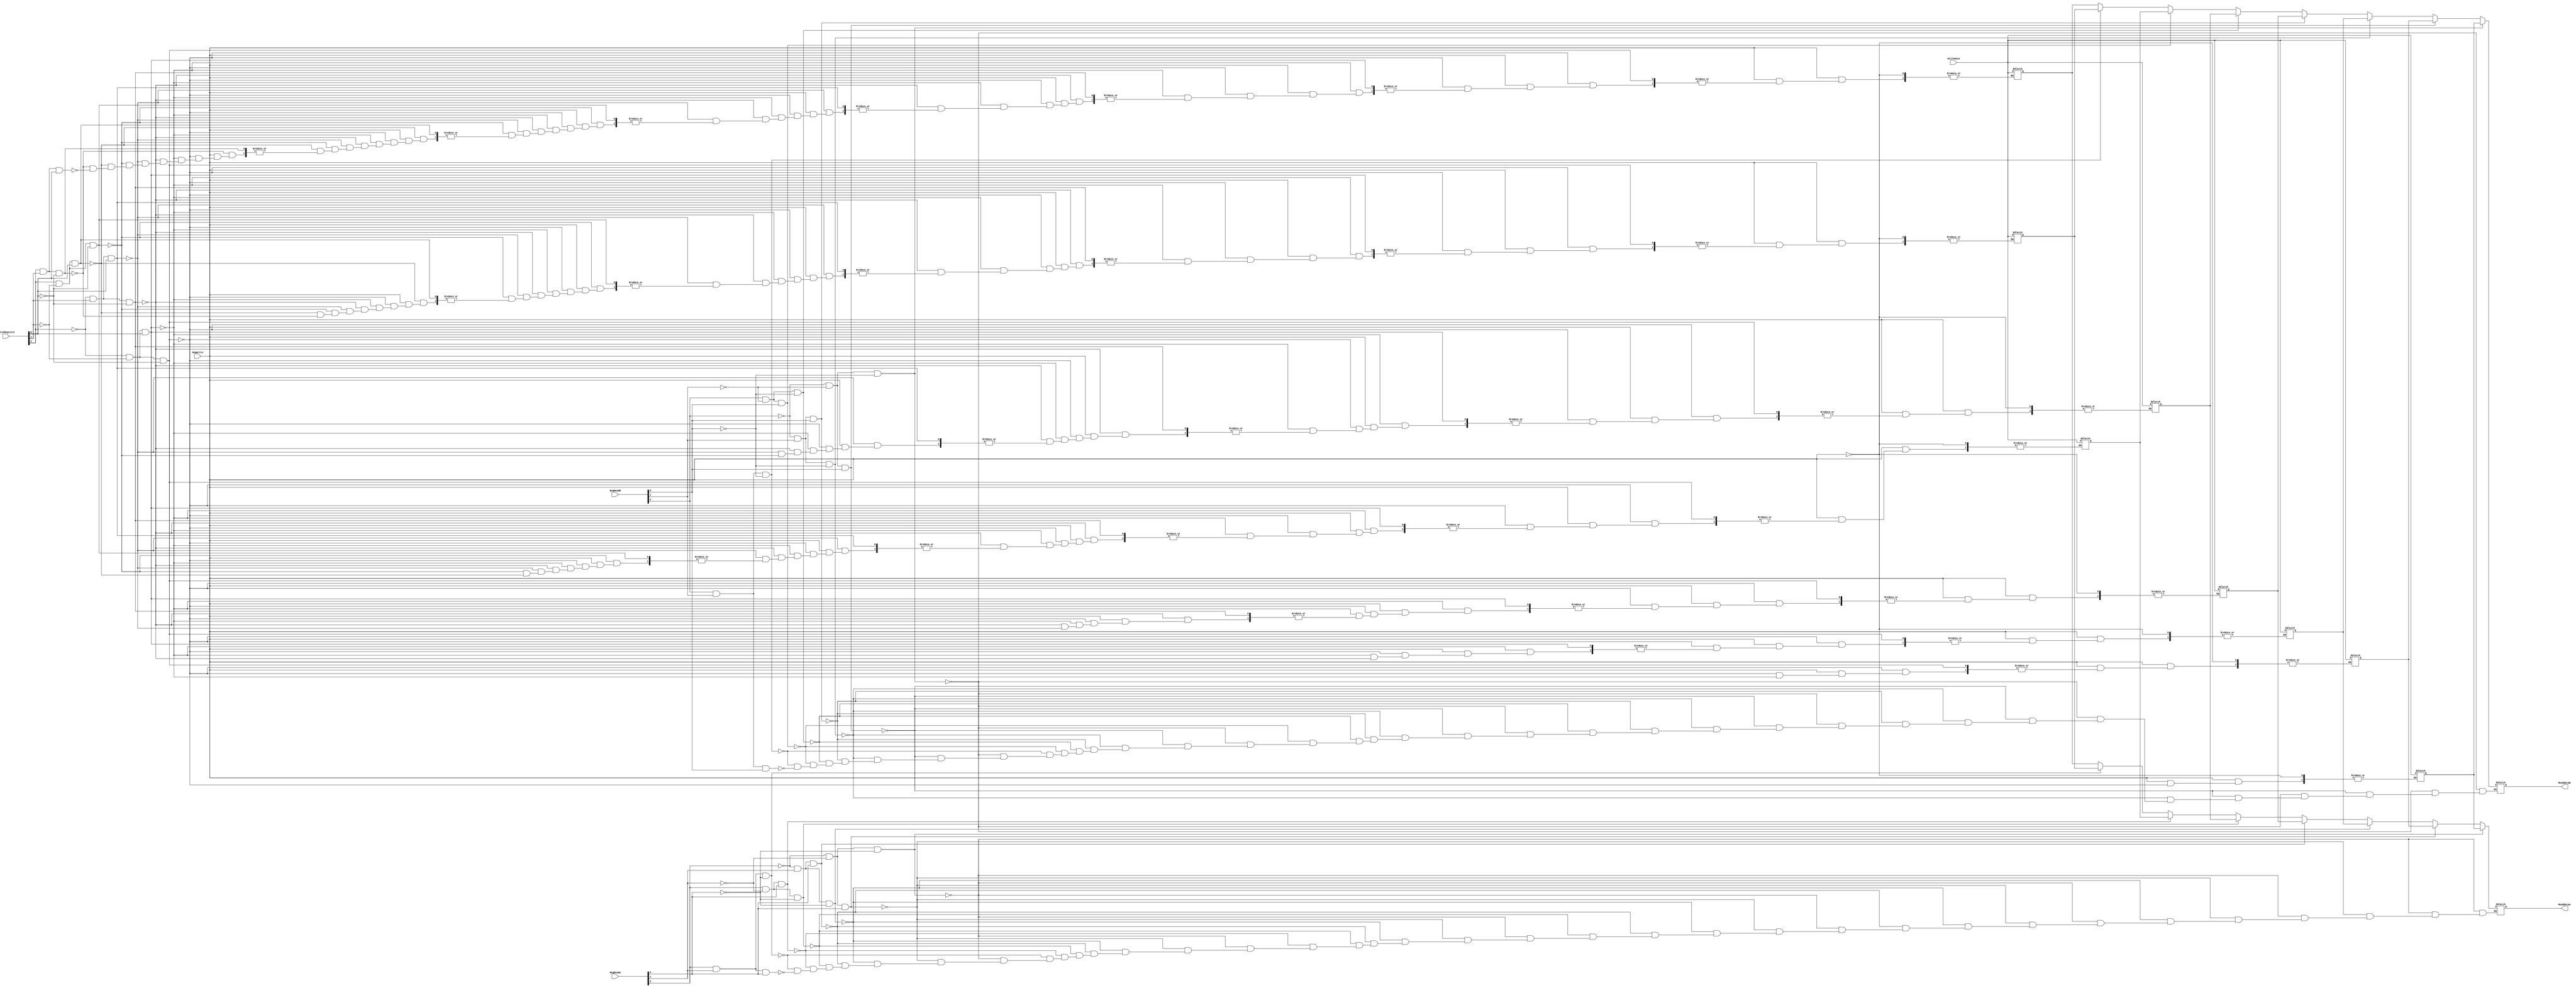
module Registers (RegWrite, RegReadA, RegReadB, WriteRegister, WriteData, ReadDataA, ReadDataB);

	input RegWrite;
	input [2:0] RegReadA;
	input [2:0] RegReadB;
	input [2:0] WriteRegister;
	input [31:0] WriteData;
	//input clk;
	output reg [31:0] ReadDataA;
	output reg [31:0] ReadDataB;
	
	reg [31:0] storage [7:0];
	
	always @*
		begin
			if(RegReadA[2] == 1'b0 & RegReadA[1] == 1'b0 & RegReadA[0] == 1'b0)
				 ReadDataA = storage[0];
			
			else if (RegReadA[2] == 1'b0 & RegReadA[1] == 1'b0 & RegReadA[0] == 1'b1)
				 ReadDataA = storage[1];
				
			else if (RegReadA[2] == 1'b0 & RegReadA[1] == 1'b1 & RegReadA[0] == 1'b0)
				 ReadDataA = storage[2];
			
			else if (RegReadA[2] == 1'b0 & RegReadA[1] == 1'b1 & RegReadA[0] == 1'b1)
				 ReadDataA = storage[3];
			
			else if (RegReadA[2] == 1'b1 & RegReadA[1] == 1'b0 & RegReadA[0] == 1'b0)
				 ReadDataA = storage[4];
			
			else if (RegReadA[2] == 1'b1 & RegReadA[1] == 1'b0 & RegReadA[0] == 1'b1)
				 ReadDataA = storage[5];
			
			else if (RegReadA[2] == 1'b1 & RegReadA[1] == 1'b1 & RegReadA[0] == 1'b0)
				 ReadDataA = storage[6];
			
			else if (RegReadA[2] == 1'b1 & RegReadA[1] == 1'b1 & RegReadA[0] == 1'b1)
				 ReadDataA = storage[7];
		end
			
	always @*
		begin
			if(RegReadB[2] == 1'b0 & RegReadB[1] == 1'b0 & RegReadB[0] == 1'b0)
				 ReadDataB = storage[0];
			
			else if (RegReadB[2] == 1'b0 & RegReadB[1] == 1'b0 & RegReadB[0] == 1'b1)
				 ReadDataB = storage[1];
				
			else if (RegReadB[2] == 1'b0 & RegReadB[1] == 1'b1 & RegReadB[0] == 1'b0)
				 ReadDataB = storage[2];
			
			else if (RegReadB[2] == 1'b0 & RegReadB[1] == 1'b1 & RegReadB[0] == 1'b1)
				 ReadDataB = storage[3];
			
			else if (RegReadB[2] == 1'b1 & RegReadB[1] == 1'b0 & RegReadB[0] == 1'b0)
				 ReadDataB = storage[4];
			
			else if (RegReadB[2] == 1'b1 & RegReadB[1] == 1'b0 & RegReadB[0] == 1'b1)
				 ReadDataB = storage[5];
			
			else if (RegReadB[2] == 1'b1 & RegReadB[1] == 1'b1 & RegReadB[0] == 1'b0)
				 ReadDataB = storage[6];
			
			else if (RegReadB[2] == 1'b1 & RegReadB[1] == 1'b1 & RegReadB[0] == 1'b1)
				 ReadDataB = storage[7];
		end
			
	always @*
		begin
			if (RegWrite)
				begin
					if (WriteRegister[2] == 1'b0 & WriteRegister[1] == 1'b0 & WriteRegister[0] == 1'b0)
						 storage[0] = WriteData;
					
					else if (WriteRegister[2] == 1'b0 & WriteRegister[1] == 1'b0 & WriteRegister[0] == 1'b1)
						 storage[1] = WriteData;
						
					else if (WriteRegister[2] == 1'b0 & WriteRegister[1] == 1'b1 & WriteRegister[0] == 1'b0)
						 storage[2] = WriteData;
						
					else if (WriteRegister[2] == 1'b0 & WriteRegister[1] == 1'b1 & WriteRegister[0] == 1'b1)
						 storage[3] = WriteData;
					
					else if (WriteRegister[2] == 1'b1 & WriteRegister[1] == 1'b0 & WriteRegister[0] == 1'b0)
						 storage[4] = WriteData;
					
					else if (WriteRegister[2] == 1'b1 & WriteRegister[1] == 1'b0 & WriteRegister[0] == 1'b1)
						 storage[5] = WriteData;
						
					else if (WriteRegister[2] == 1'b1 & WriteRegister[1] == 1'b1 & WriteRegister[0] == 1'b0)
						 storage[6] = WriteData;
					
					else if (WriteRegister[2] == 1'b1 & WriteRegister[1] == 1'b1 & WriteRegister[0] == 1'b1)
						 storage[7] = WriteData;
				end
		end

endmodule